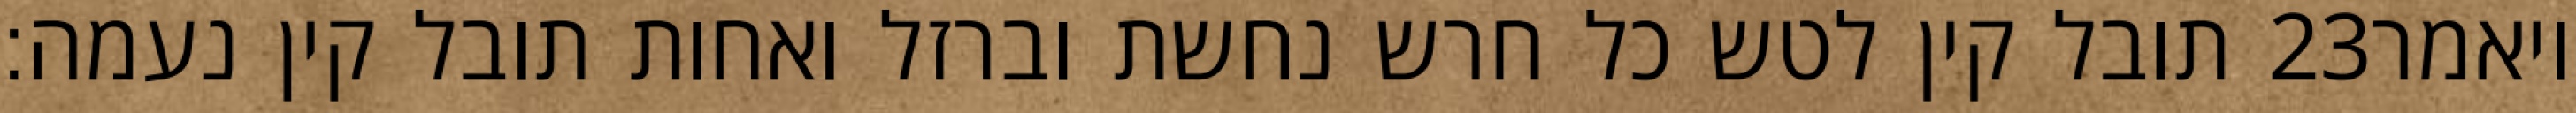
תובל קין לטש כל חרש נחשת וברזל ואחות תובל קין נעמה׃ ‎23‏ ויאמר